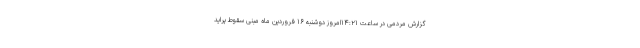
گزارش مردمی در ساعت ۱۴:۲۱امروز دوشنبه ۱۶ فروردین ماه مبنی سقوط پراید